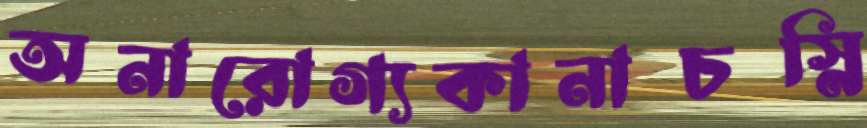
অনারোগ্যকানাচস্নি